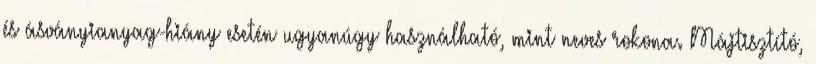
és ásványianyag-hiány esetén ugyanúgy használható, mint neves rokona. Májtisztító,